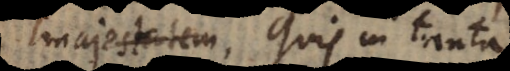
majestatem, laudem in tanta